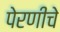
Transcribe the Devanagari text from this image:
पेरणीचे